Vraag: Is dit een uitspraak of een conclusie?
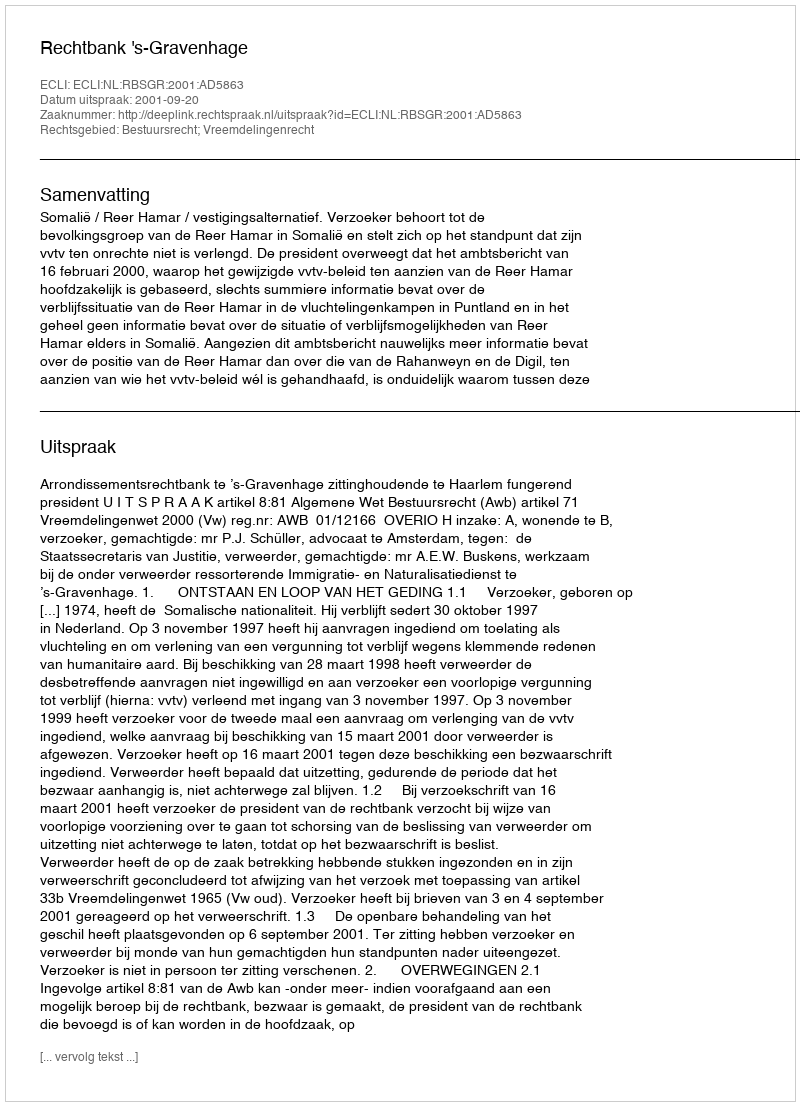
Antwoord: Uitspraak